Cholera in India, 1862 to 1881
Year: 1862
Disease focus: Cholera
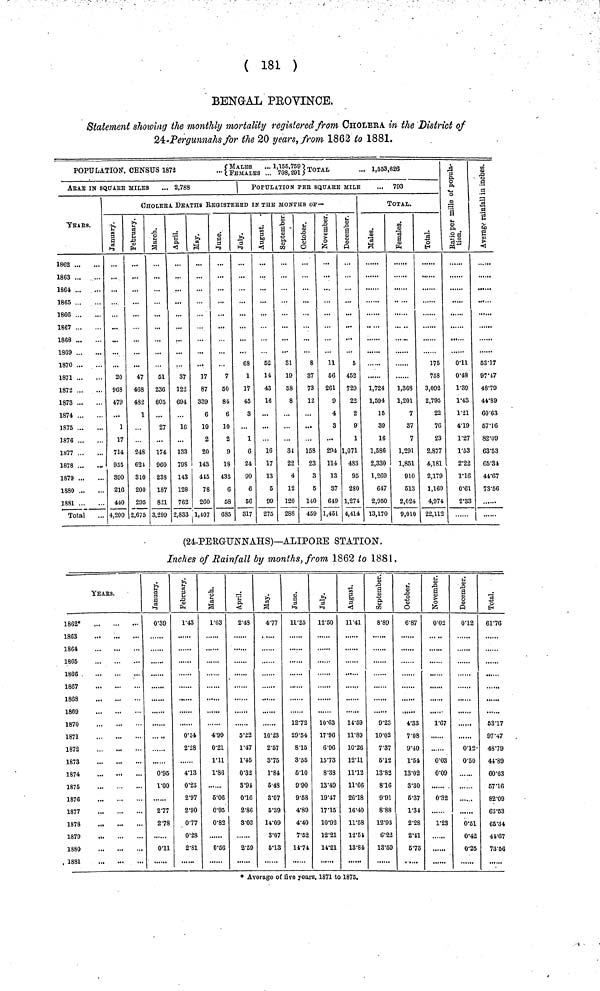
( 181 )
BENGAL PROVINCE.
Statement showing the monthly mortality registered from CHOLERA in the District of
24:-Pergunnahs for the 20 years, from 1862 to 1881.
POPULATION, CENSUS 1872
{FEMALES '.. 708,291} TOTAL - 1,553,626
ArAE IN SQuARE MILKS
... 2,788
POPULATION PER SQUARE MILE
... 793
cHOLErA DEATHS REGISTERED IN THE MONTHS OF—
YEARS.
1862
1863
1864
1865
1866
1867
1868
1869
1870
1871
1872
1873
1874
1875
1876
1877
1878 ...
1879
1880
1881
Total
January
1
20
968
479
...
1
17
714
955
890
216
440
4,200
February
47
468
482
1
248
624
310
200
295
2,675
March
51
236
605
...
27
...
174
960
233
187
821
3,299
April
37
122
694
16
...
133
798
143
128
762
2,833
May
17
87
339
6
10
2
20
143
445
78
260
,1,407
June
7
50
84
6
10
2
9
18
435
6
58
685
July
68
1
17
45
3
1
6
24
90
6
56
317
August
52
14
43
16
...
16
17
13
5
99
275
September
31
19
38
8
34
22
4
12
120
288
Octomber
8
37
73
12
15S
23
3
5
140
459
November
11
66
261
9
4
3
294
114
13
37
649
1,451
December
5
452
729
22
2
9
1
1,071
483
95
280
1,274
4,414
TOTAL.
Males
1,724
1,594
15
39
16
1,586
2,330
1,269
647
2,950
13,170
Females
1,368
1,201
7
37
7
1,291
1,851
910
513
2,024
9,010
Total
176
758
3,092
2,795
22
76
23
2,877
4,181
2,179
1,160
4,974
22,112
Ratio per mille of P
0·11
0·48
1·39
1·43
1·21
4·19
1·27
1·53
2·22
1·16
0·61
2·33
Average rainfall
in inches
63·17
97·47
48·79
44·89
60·63
57·16
82·09
63·53
65·34
44·67
73·56
(24-PERG-UNNAHS)—ALIPORE STATION.
Inches of Rainfall by months, from 1862 to 1881,
YEARS.
1862*
1863
1864
1865
1866
,
1867
1868
1869
1870
1871
1872
1873
1874
1875
1876
1877
1878
1879
1880
1881
January
0·39
0·95
1·00
2·77
2·78
0·11
February
1·43
0·54
2·28
4·13
0·23
2·97
2·90
0·77
0·28
2·81
March
1·63
4·99
0·21
1·11
1·86
5·06
0·95
0·82
0·56
April
2·48
5·22
1·47
1·45
0·32
3·94
0·16
2·86
3·03
3·59
May
4·77
10·23
2·57
3·75
1·84
5·48
3·07
5·39
14·09
3·07
5·13
June
11·25
12·72
29·54
8·15
3·55
6·10
9·90
9·58
4·89
4·40
7·52
14·74
July
12·50
10·63
17·96
6·96
15·73
8·38
13·49
19·47
17·' 15
10·92
12·21
14·21
August
11·41
14·59
11·89
10·26
12·11
11·12
11·66
26·18
16·40
11·58
12·54
13·84
September
8·89
9·23
10·02
7·37
5·12
13·82
8·16
9·91
8·88
12·93
6·22
13·59
Octomber
6·87
4·33
7·08
9·40
1·54
13·02
3·30
6·37
1·34
2·28
2·41
5·73
November
0·02
1·67
0·03
0·09
0·32
1·23
December
0·12
0·12-
0·50
0·51
0·42
0·25
Total
61·76
53·17
97·47
48·79
44·89
60·63
57·16
82·09
63·53
65·34
44·67
73·56
* Average of five years, 1871 to 1876.